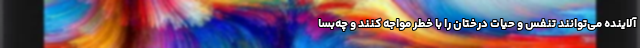
آلاینده می‌توانند تنفس و حیات درختان را با خطر مواجه کنند و چه‌بسا